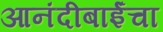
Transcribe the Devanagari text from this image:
आनंदीबाईंचा